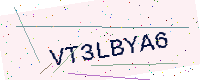
Text: VT3LBYA6